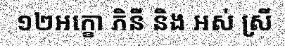
១២អក្ខោ ភិនី និង អស់ ស្រី